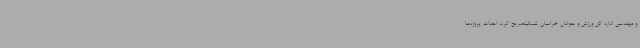
و مهندسی اداره کل ورزش و جوانان خراسان شمالیتصریح کرد: احداث پروژه‌ها